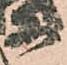
等